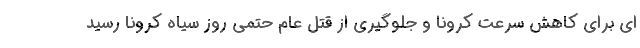
ای برای کاهش سرعت کرونا و جلوگیری از قتل عام حتمی روز سیاه کرونا رسید